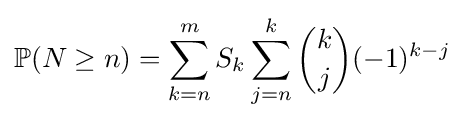
\mathbb {P} (N\geq n)=\sum _{k=n}^{m}S_{k}\sum _{j=n}^{k}{\binom {k}{j}}(-1)^{k-j}